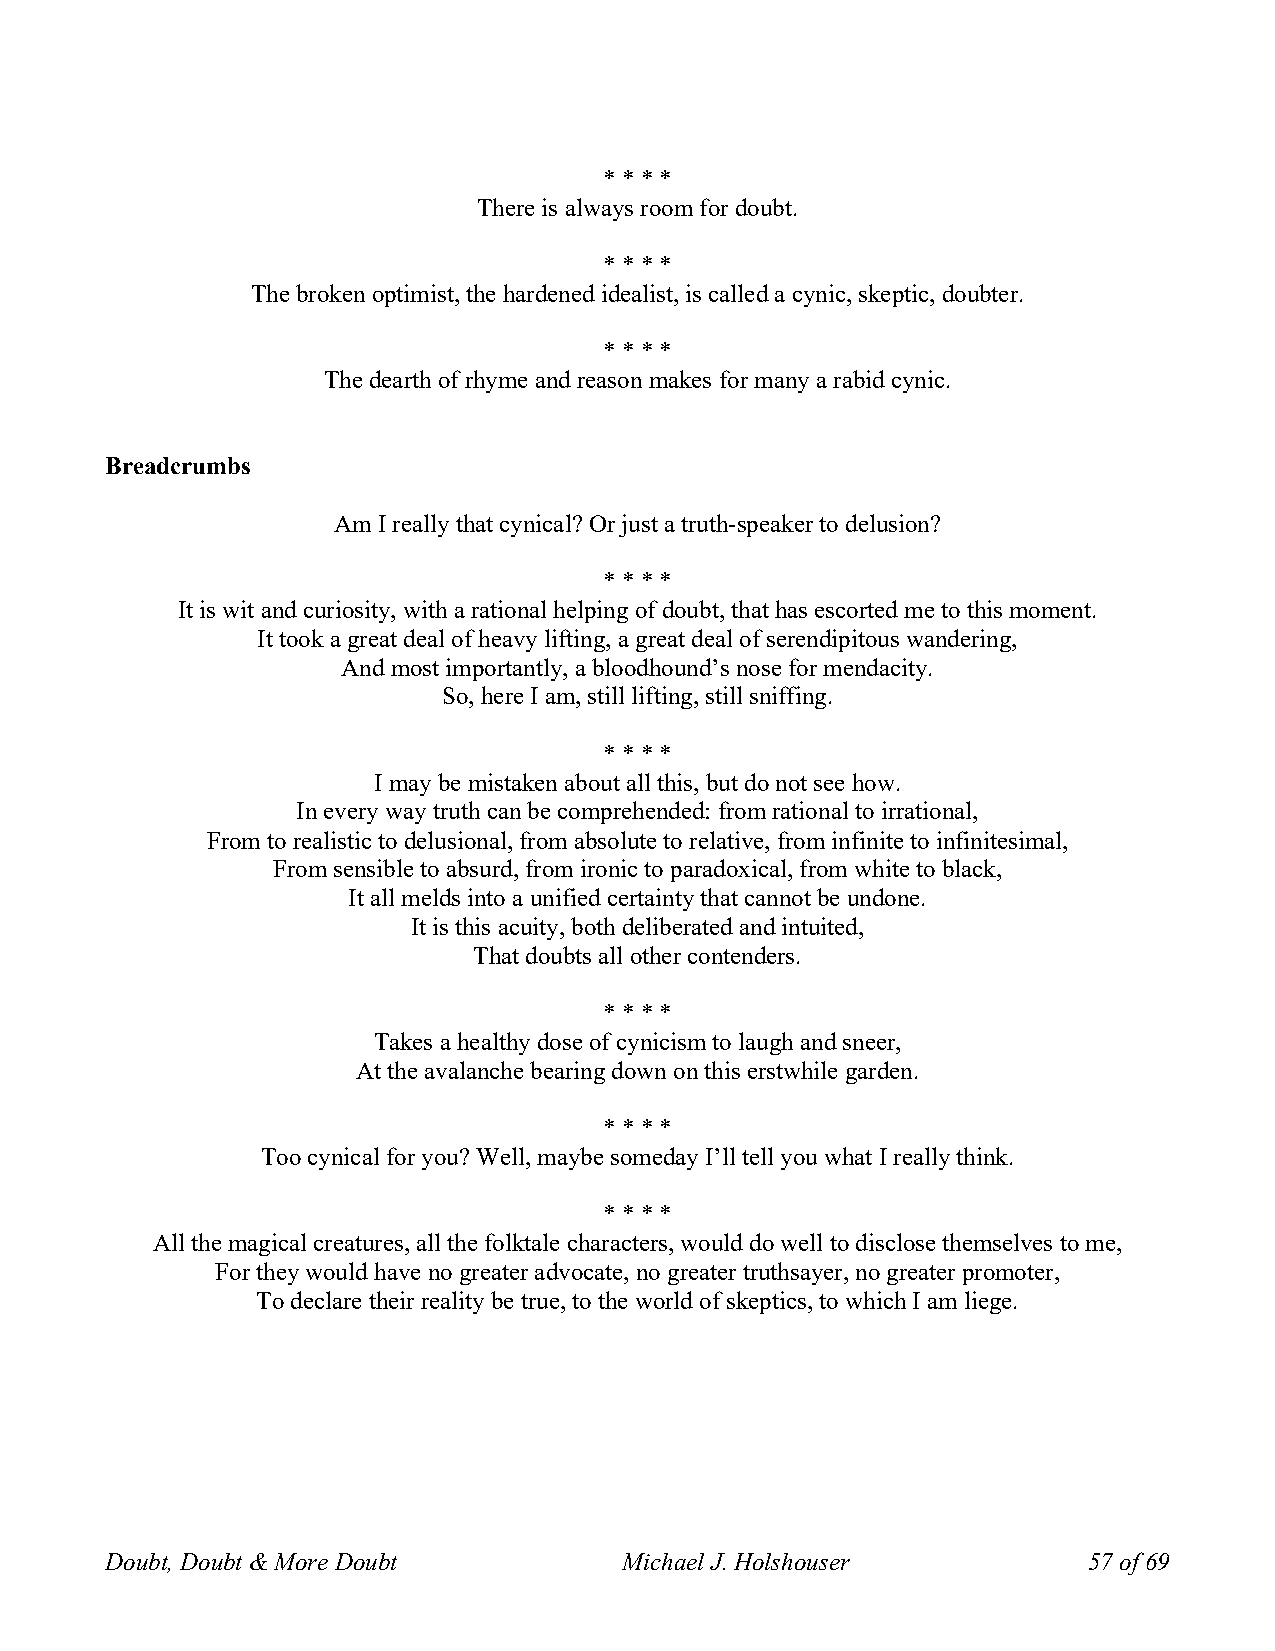
* * * *
 There is always room for doubt.
 * * * *
 The broken optimist, the hardened idealist, is called a cynic, skeptic, doubter.
 * * * *
 The dearth of rhyme and reason makes for many a rabid cynic.
 Breadcrumbs
 Am I really that cynical? Or just a truth-speaker to delusion?
 * * * *
 It is wit and curiosity, with a rational helping of doubt, that has escorted me to this moment.
 It took a great deal of heavy lifting, a great deal of serendipitous wandering,
 And most importantly, a bloodhound’s nose for mendacity.
 So, here I am, still lifting, still sniffing.
 * * * *
 I may be mistaken about all this, but do not see how.
 In every way truth can be comprehended: from rational to irrational,
 From to realistic to delusional, from absolute to relative, from infinite to infinitesimal,
 From sensible to absurd, from ironic to paradoxical, from white to black,
 It all melds into a unified certainty that cannot be undone.
 It is this acuity, both deliberated and intuited,
 That doubts all other contenders.
 * * * *
 Takes a healthy dose of cynicism to laugh and sneer,
 At the avalanche bearing down on this erstwhile garden.
 * * * *
 Too cynical for you? Well, maybe someday I’ll tell you what I really think.
 * * * *
 All the magical creatures, all the folktale characters, would do well to disclose themselves to me,
 For they would have no greater advocate, no greater truthsayer, no greater promoter,
 To declare their reality be true, to the world of skeptics, to which I am liege.
 Doubt, Doubt & More Doubt         Michael J. Holshouser          57 of 69